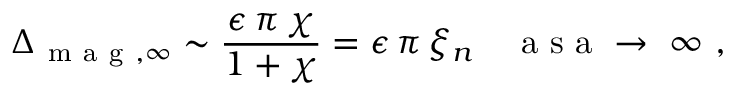
\Delta _ { \mathrm { ~ m ~ a ~ g ~ } , \infty } \sim \frac { \epsilon \, \pi \, \chi } { 1 + \chi } = \epsilon \, \pi \, \xi _ { n } \quad \mathrm { ~ a ~ s ~ a ~ \to ~ \infty ~ , ~ }